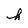
Character: h